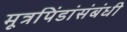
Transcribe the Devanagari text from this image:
मूत्रपिंडांसंबंधी